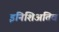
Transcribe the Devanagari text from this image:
इनिशिअतिव